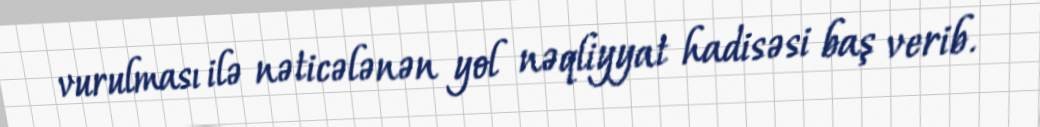
vurulması ilə nəticələnən yol nəqliyyat hadisəsi baş verib.